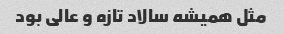
مثل همیشه سالاد تازه و عالی بود